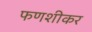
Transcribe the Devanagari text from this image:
फणशीकर